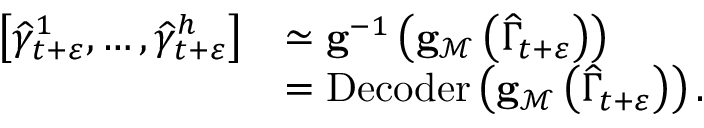
\begin{array} { r l } { \left[ \widehat { \gamma } _ { t + \varepsilon } ^ { 1 } , \ldots , \widehat { \gamma } _ { t + \varepsilon } ^ { h } \right] } & { \simeq \mathbf { g } ^ { - 1 } \left( \mathbf { g } _ { \mathcal { M } } \left( \widehat { \Gamma } _ { t + \varepsilon } \right) \right) } \\ & { = \operatorname { D e c o d e r } \left( \mathbf { g } _ { \mathcal { M } } \left( \widehat { \Gamma } _ { t + \varepsilon } \right) \right) . } \end{array}